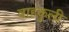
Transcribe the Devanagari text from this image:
वाहकुली